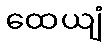
ထေယျံ